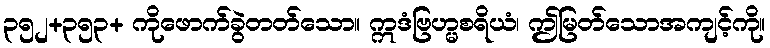
၃၅၂+၃၅၃+ ကိုဖောက်ခွဲတတ်သော။ ဣဒံဗြဟ္မစရိယံ၊ ဤမြတ်သောအကျင့်ကို။